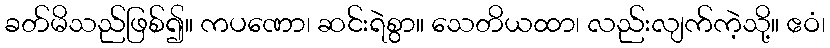
ခတ်မိသည်ဖြစ်၍။ ကပဏော၊ ဆင်းရဲစွာ။ သေတိယထာ၊ လည်းလျက်ကဲ့သို့။ ဧဝံ၊